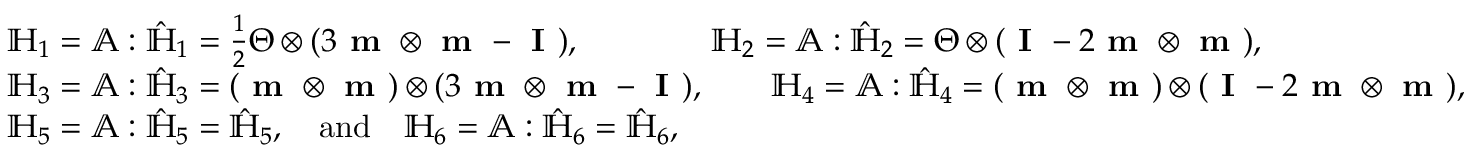
\begin{array} { r l } & { \mathbb { H } _ { 1 } = \mathbb { A } : \hat { \mathbb { H } } _ { 1 } = \frac { 1 } { 2 } \boldsymbol { \Theta } \otimes ( 3 \textbf { m } \otimes \textbf { m } - \textbf { I } ) , \qquad \qquad \mathbb { H } _ { 2 } = \mathbb { A } : \hat { \mathbb { H } } _ { 2 } = \boldsymbol { \Theta } \otimes ( \textbf { I } - 2 \textbf { m } \otimes \textbf { m } ) , } \\ & { \mathbb { H } _ { 3 } = \mathbb { A } : \hat { \mathbb { H } } _ { 3 } = ( \textbf { m } \otimes \textbf { m } ) \otimes ( 3 \textbf { m } \otimes \textbf { m } - \textbf { I } ) , \qquad \mathbb { H } _ { 4 } = \mathbb { A } : \hat { \mathbb { H } } _ { 4 } = ( \textbf { m } \otimes \textbf { m } ) \otimes ( \textbf { I } - 2 \textbf { m } \otimes \textbf { m } ) , } \\ & { \mathbb { H } _ { 5 } = \mathbb { A } : \hat { \mathbb { H } } _ { 5 } = \hat { \mathbb { H } } _ { 5 } , \quad \mathrm { a n d } \quad \mathbb { H } _ { 6 } = \mathbb { A } : \hat { \mathbb { H } } _ { 6 } = \hat { \mathbb { H } } _ { 6 } , } \end{array}